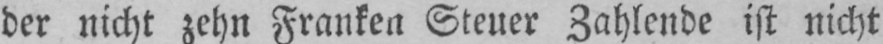
der nicht zehn Franken Steuer Zahlende ist nicht